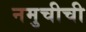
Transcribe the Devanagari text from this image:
नमुचीची